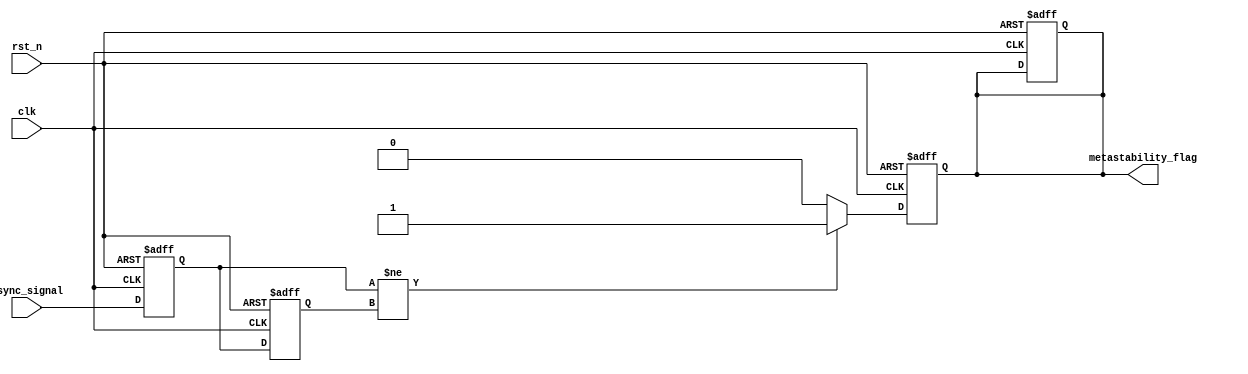
module metastability_detector (
    input wire clk,              // Clock signal
    input wire rst_n,            // Active-low reset signal
    input wire async_signal,      // Asynchronous input signal to monitor
    output reg metastability_flag  // Flag indicating metastability detection
);

    // Internal signals for latch outputs
    reg latch1, latch2;
    reg latch1_stable, latch2_stable;

    // Sampling mechanism 
    always @(posedge clk or negedge rst_n) begin
        if (!rst_n) begin
            latch1 <= 1'b0;
            latch2 <= 1'b0;
            metastability_flag <= 1'b0;
        end else begin
            latch1 <= async_signal;        // Sample the asynchronous signal
            latch2 <= latch1;              // Sample the output of the first latch
        end
    end

    // Metastability detection logic
    always @(posedge clk or negedge rst_n) begin
        if (!rst_n) begin
            metastability_flag <= 1'b0;    // Reset metastability flag
        end else begin
            // Check if latches are different indicating potential metastability
            if (latch1 != latch2) begin
                metastability_flag <= 1'b1;  // Set flag if metastability is detected
            end else begin
                metastability_flag <= 1'b0;  // Clear flag if stable
            end
        end
    end

endmodule